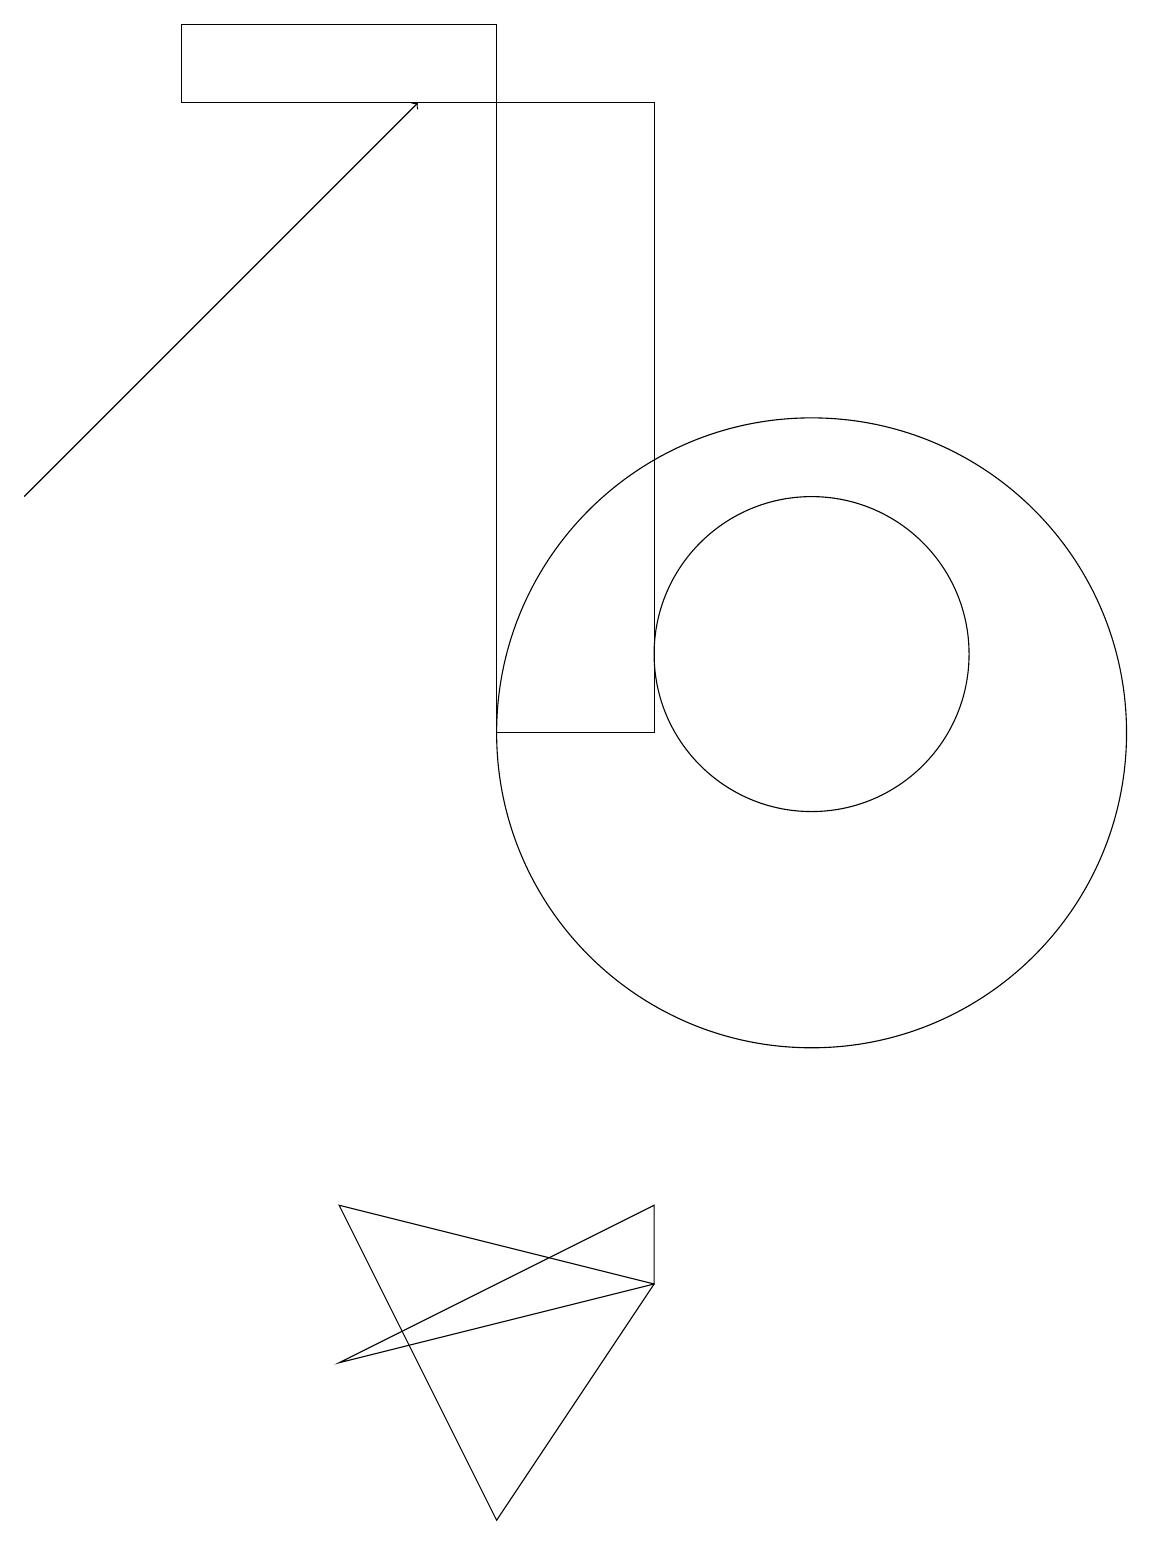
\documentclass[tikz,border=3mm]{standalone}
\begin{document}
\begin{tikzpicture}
\draw[->] (1,13) -- (6,18);
\draw (9,3) -- (9,4) -- (5,2) -- cycle;
\draw (9,11) rectangle (9,18);
\draw (11,10) circle (4);
\draw (7,18) rectangle (9,10);
\draw (7,0) -- (5,4) -- (9,3) -- cycle;
\draw (11,11) circle (2);
\draw (3,19) rectangle (7,18);
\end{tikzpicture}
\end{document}